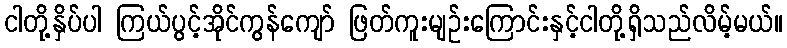
ငါတို့နှိပ်ပါ ကြယ်ပွင့်အိုင်ကွန်ကျော် ဖြတ်ကူးမျဉ်းကြောင်းနှင့်ငါတို့ရှိသည်လိမ့်မယ်။